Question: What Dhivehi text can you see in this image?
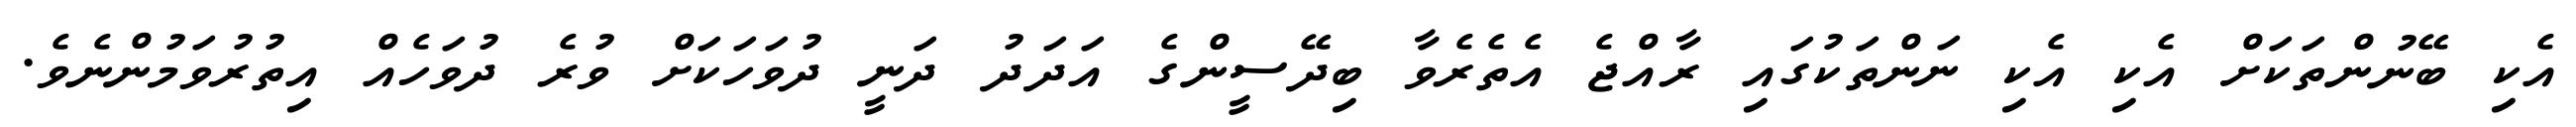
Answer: އެކި ބޭނުންތަކަށް އެކި އެކި ނަންތަކުގައި ރާއްޖެ އެތެރެވާ ބިދޭސީންގެ އަދަދު ދަނީ ދުވަހަކަށް ވުރެ ދުވަހެއް އިތުރުވަމުންނެވެ.